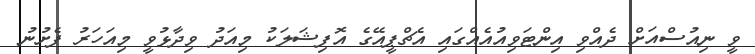
ވީ ނިއުސްއަށް ދެއްވި އިންޓަވިއުއެއްގައި އެޗްޕީއޭގެ އޮފިޝަލަކު މިއަދު ވިދާޅުވީ މިއަހަރު ފެށުނު